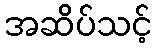
အဆိပ်သင့်